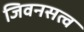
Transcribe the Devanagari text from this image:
जिवनसत्व